画像に写った文字を読んでください
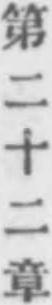
「第二十二章」と書いてあります